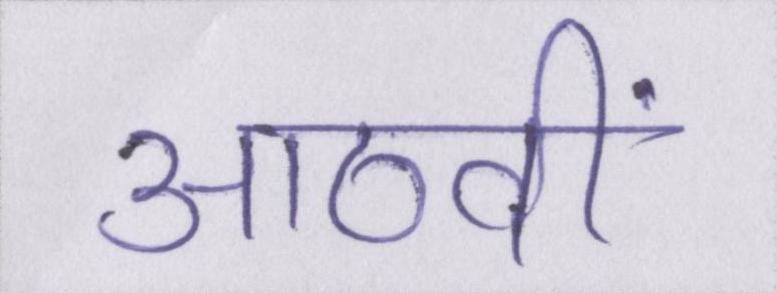
आठवीं